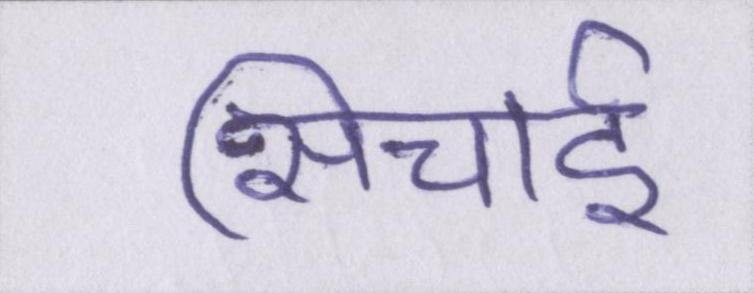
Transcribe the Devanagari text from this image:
सिचाई